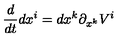
{ \frac { d } { d t } } d x ^ { i } = d x ^ { k } \partial _ { x ^ { k } } V ^ { i }